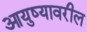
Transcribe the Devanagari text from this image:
आयुष्यावरील